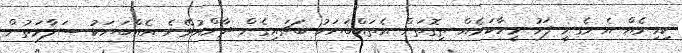
ކިހިނެއް އެނގެނީ ފަހު މީހާކަމެއް ތިގޮތަށް އެތައްބަޔަކު ބަޗައިގެން ދާންއުޅޭނެ އެއްބަޔަކު ސަލާމަތުން